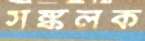
সঙ্কলক